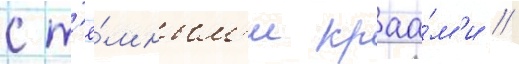
с т'ё́мным'и краа́м'и //